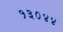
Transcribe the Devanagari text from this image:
१३०४४